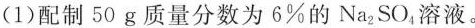
(1)配制50g质量分数为6%的Na_{2}SO_{4}溶液。